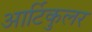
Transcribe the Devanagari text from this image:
आर्टिकुलर